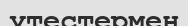
утестермен